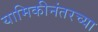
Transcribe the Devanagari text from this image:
यामिकीनंतरच्या